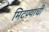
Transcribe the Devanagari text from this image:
मिटण्याची